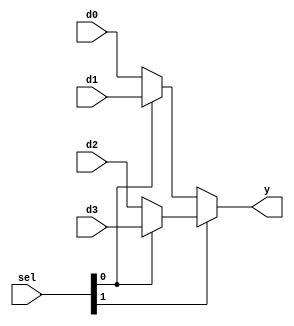
module mux4 #(parameter width = 32)
   (input [width-1:0] d0,d1,d2,d3,
    input [1:0]        sel,
    output [width-1:0] y);
   assign y = sel[1] ? (sel[0] ? d3 : d2) : (sel[0] ? d1 : d0);
endmodule // mux
module mux2 #(parameter width = 32)
   (input [width-1:0] d0,d1,
    input              sel,
    output [width-1:0] y);
   assign y = sel ? d1 : d0;
endmodule // mux2